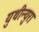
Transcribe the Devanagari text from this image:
युथीन्युरा